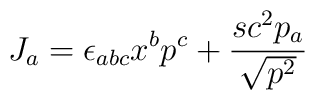
J_a=\epsilon_{abc}x^bp^c+\frac{sc^2p_a}{\sqrt{p^2}}